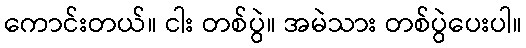
ကောင်းတယ်။ ငါး တစ်ပွဲ။ အမဲသား တစ်ပွဲပေးပါ။